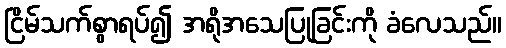
ငြိမ်သက်စွာရပ်၍ အရိုအသေပြုခြင်းကို ခံလေသည်။